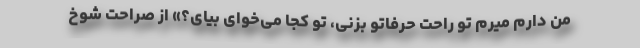
من دارم میرم تو راحت حرفاتو بزنی، تو کجا می‌خوای بیای؟» از صراحت شوخ